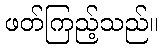
ဖတ်ကြည့်သည်။